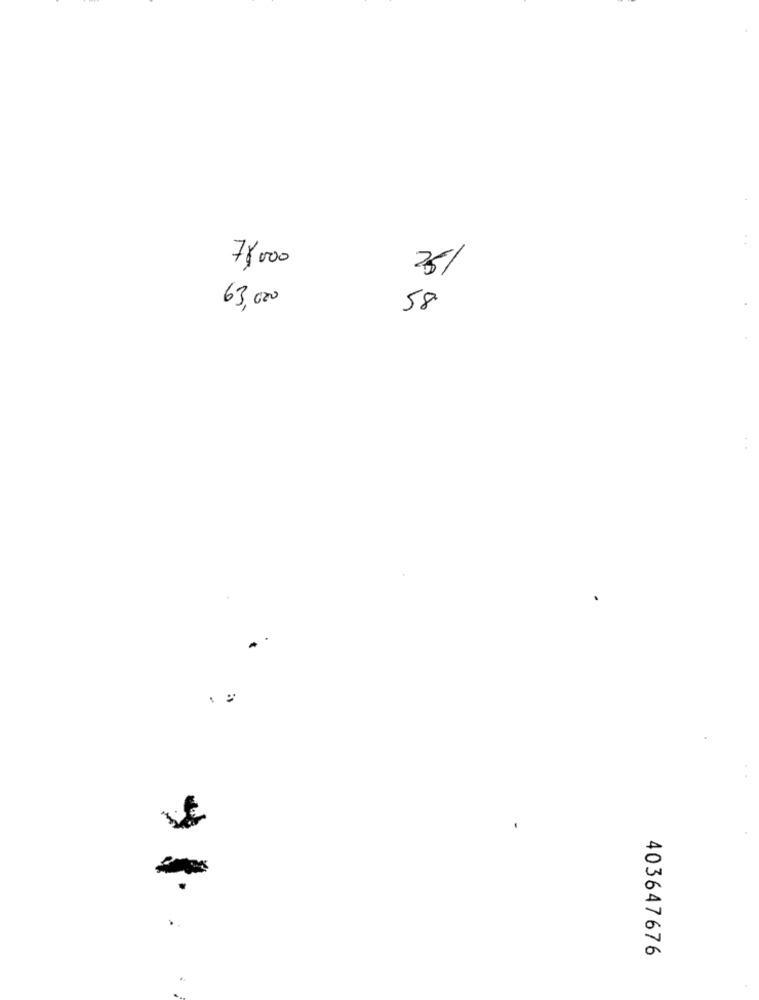
78000
M
25/
M
63,000
58
403647676